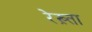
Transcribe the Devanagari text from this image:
रेख़्ता